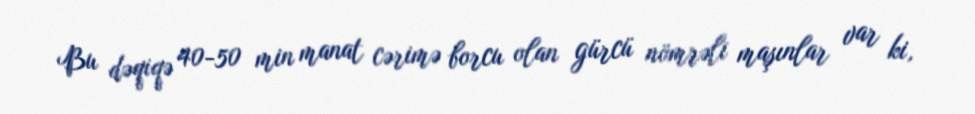
Bu dəqiqə 40-50 min manat cərimə borcu olan gürcü nömrəli maşınlar var ki,